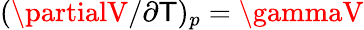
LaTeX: (\partialV/\partial\mathsf{T})_{p}=\gammaV